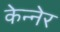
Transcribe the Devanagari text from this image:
केन्नेर